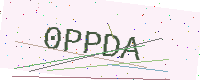
Text: 0PPDA